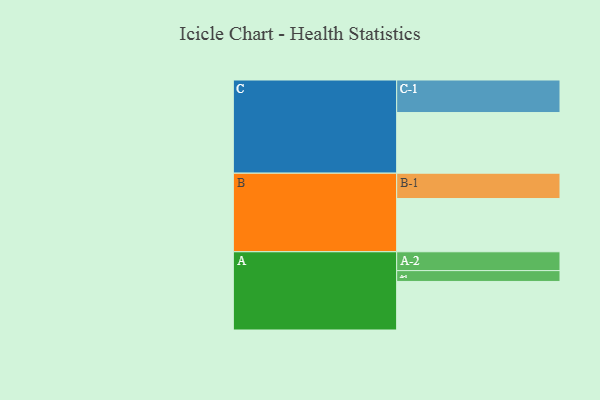
{"axis": {"x": "Segment", "y": "Value"}, "legend": ["", "A", "B", "C"], "data": [{"x": "A", "y": 425, "type": ""}, {"x": "B", "y": 466, "type": ""}, {"x": "C", "y": 531, "type": ""}, {"x": "A-1", "y": 95, "type": "A"}, {"x": "A-2", "y": 165, "type": "A"}, {"x": "B-1", "y": 222, "type": "B"}, {"x": "C-1", "y": 285, "type": "C"}]}